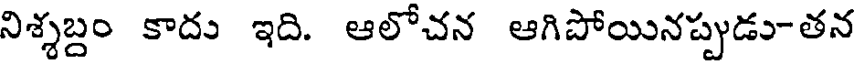
నిశ్శబ్దం కాదు ఇది. ఆలోచన ఆగిపోయినప్పుడు-తన